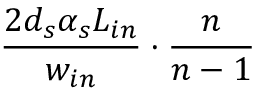
\frac { 2 d _ { s } \alpha _ { s } L _ { i n } } { w _ { i n } } \cdot \frac { n } { n - 1 }